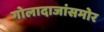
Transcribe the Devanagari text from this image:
गोलादाजांसमोर